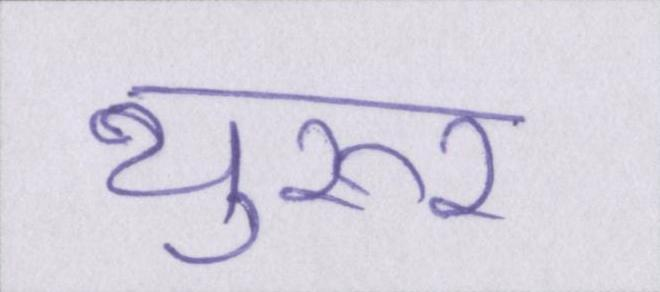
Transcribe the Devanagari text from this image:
थुरूर